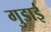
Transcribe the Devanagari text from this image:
गुडाई